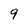
Character: 9